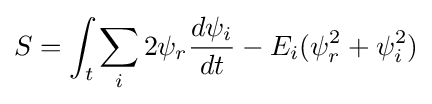
S=\int _{t}\sum _{i}2\psi _{r}{d\psi _{i} \over dt}-E_{i}(\psi _{r}^{2}+\psi _{i}^{2})